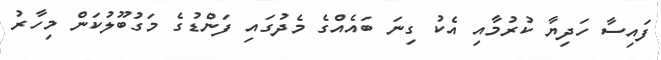
ފައިސާ ހަދިޔާ ކުރުމާއި އެކު ގިނަ ބައެއްގެ މެދުގައި ފަންޑުގެ މަގުބޫލުކަން މިހާރު